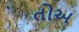
તોઅ